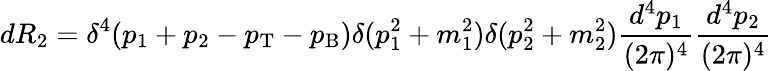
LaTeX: dR_{2}=\delta^{4}(p_{1}+p_{2}-p_{\mathrm{T}}-p_{\mathrm{B}})\delta(p_{1}^{2}+m_{1}^{2})\delta(p_{2}^{2}+m_{2}^{2})\frac{d^{4}p_{1}}{(2\pi)^{4}}\frac{d^{4}p_{2}}{(2\pi)^{4}}